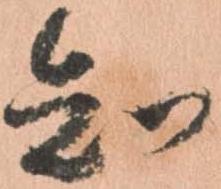
知